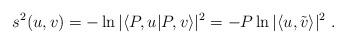
LaTeX: \begin{align*}s^{2}(u,v)=-\ln|\langle P,u|P,v\rangle|^{2}=-P\ln|\langle u,\tilde{v}\rangle|^{2}\;.\end{align*}